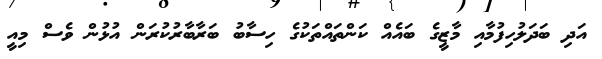
އަދި ބަދަލުހިފުމާއި މާޒީގެ ބައެއް ކަންތައްތަކުގެ ހިސާބު ބަރާބާރުކުރަން އުޅުން ވެސް މިއީ